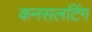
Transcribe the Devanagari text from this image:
कनसलटिंग